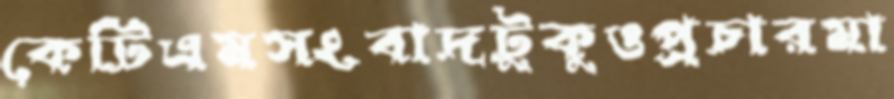
কেটিএমসংবাদটুকুওপ্রচারমা